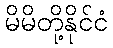
မိမိတို့နိုင်ငံ